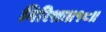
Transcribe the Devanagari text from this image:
गिरिशः॥१८॥